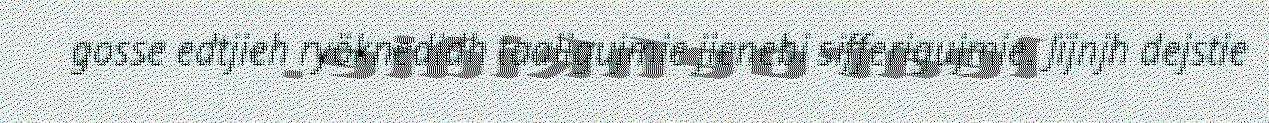
gosse edtjieh ryöknedidh taaligujmie jienebi sifferigujmie. Jïjnjh dejstie